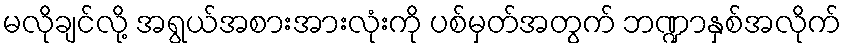
မလိုချင်လို့ အရွယ်အစားအားလုံးကို ပစ်မှတ်အတွက် ဘဏ္ဍာနှစ်အလိုက်